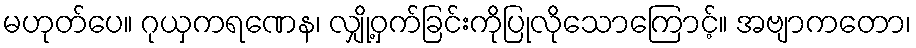
မဟုတ်ပေ။ ဂုယှကရဏေန၊ လျှို့ဝှက်ခြင်းကိုပြုလိုသောကြောင့်။ အဗျာကတော၊